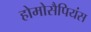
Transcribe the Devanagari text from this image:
होमोसैपियंस